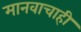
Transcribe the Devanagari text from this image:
मानवाचाही